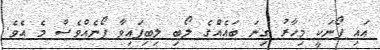
އައި ފޯނަކީ މިހާރު ގިނަ ބައެއްގެ ލޯބި ލިބިފައިވާ ފޯނެއްވެސް މެ އެވެ.